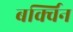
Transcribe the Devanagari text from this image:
बर्क्विन